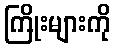
ကြိုးများကို